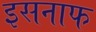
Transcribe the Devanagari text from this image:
इसनाफ